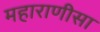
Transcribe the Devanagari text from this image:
महाराणीसा